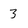
Character: 3